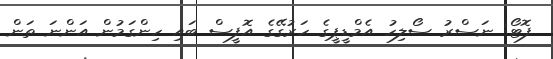
ފޮޓޯ: ނަސްރު ސޯލިހު އެމްޑީޕީގެ ހަރުގޭގެ އޮފީސް ބައި ހިންގަމުން އަންނަ ތަން